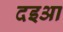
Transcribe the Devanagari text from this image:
दइआ